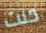
كنت